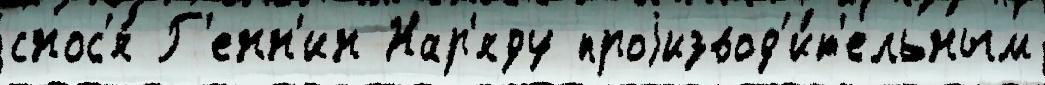
снос'я́ Г'енн'ин Нар'яду проjизвод'и́т'ельным